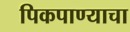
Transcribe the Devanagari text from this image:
पिकपाण्याचा